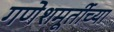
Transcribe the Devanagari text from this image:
गणेशमूर्तीच्या